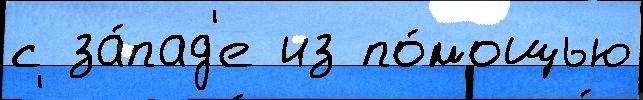
с за́пад'е из по́мощью